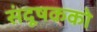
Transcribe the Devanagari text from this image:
संदूषकको